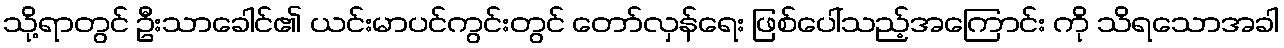
သို့ရာတွင် ဦးသာခေါင်၏ ယင်းမာပင်ကွင်းတွင် တော်လှန်ရေး ဖြစ်ပေါ်သည့်အကြောင်း ကို သိရသောအခါ